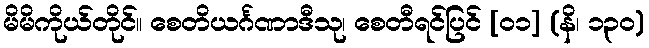
မိမိကိုယ်တိုင်။ စေတိယင်္ဂဏာဒီသု၊ စေတီရင်ပြင် [၀၁] (နိ၊ ၁၃၀)